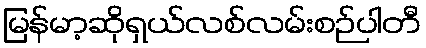
မြန်မာ့ဆိုရှယ်လစ်လမ်းစဉ်ပါတီ